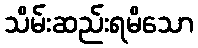
သိမ်းဆည်းရမိသော